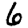
Digit: 6